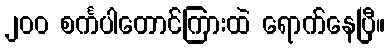
၂၀၀ စင်္ကပါတောင်ကြားထဲ ရောက်နေပြီ။